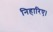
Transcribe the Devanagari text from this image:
निहारिए।